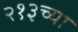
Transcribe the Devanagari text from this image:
२१३च्या